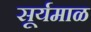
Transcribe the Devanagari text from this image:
सूर्यमाळ